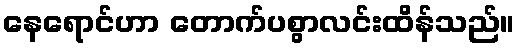
နေရောင်ဟာ တောက်ပစွာလင်းထိန်သည်။